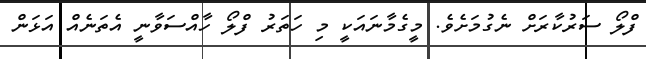
ފްލޯ ސަރުކާރަށް ނެގުމަށެވެ. މީގެމާނައަކީ މި ހަތަރު ފްލޯ ހާއްސަވާނީ އެތަނެއް އަޅަން